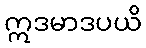
ဣဒမာဒပယိ